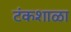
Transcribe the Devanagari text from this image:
टंकशाळा